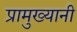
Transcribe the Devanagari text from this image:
प्रामुख्यानी